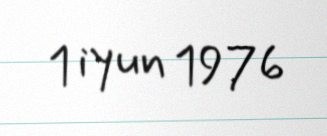
1 iyun 1976